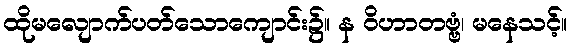
ထိုမလျောက်ပတ်သောကျောင်း၌။ န ဝိဟာတဗ္ဗံ၊ မနေသင့်။